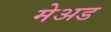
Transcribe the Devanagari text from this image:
मेअड